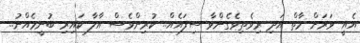
އެއީ ވަރަށް މާތް އަދި ރިވެތިވެގެންވާ ސިފައެއް.. ކުރިންވެސް އާލާ ކައިރި ބުނީމެއްނު..